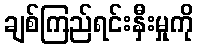
ချစ်ကြည်ရင်းနှီးမှုကို